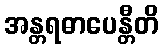
အန္တရဓာပေန္တီတိ